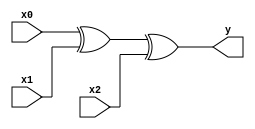
module xor_i3(y, x0, x1, x2);
	output y;
	input x0, x1, x2;
		
	assign y = x0 ^ x1 ^ x2;
endmodule

module xor_i2(y, x0, x1);
	output y;
	input x0, x1;
		
	assign y = x0 ^ x1;
endmodule

module xor_i2_3b(y, a, b);
	output [3:0] y;
	input  [2:0] a, b;
      
	xor_i2 g0(y[0], a[0], b[0]);
	xor_i2 g1(y[1], a[1], b[1]);
	xor_i2 g2(y[2], a[2], b[2]);
	assign y[3] = 1'b0;
endmodule // xor_i2_3b